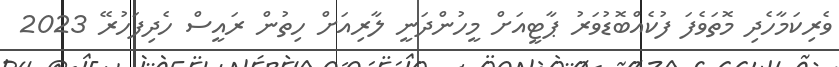
ވެރިކަމާހެދި މޮތަވެފަ ފުކެއްބޮޑުވަރު ޕާޓީއަށް މީހުންދަނީ ލާރިއަށް ހިތުން ރައީސް ހެދިފަހުރޭ 2023